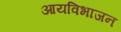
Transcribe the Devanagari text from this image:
आयविभाजन